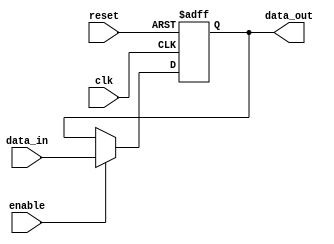
module enable_latch(
    input clk,        // Clock signal
    input reset,      // Reset signal
    input enable,     // Enable signal
    input data_in,    // Input data signal
    output reg data_out // Output data signal
);

reg latch; // Internal latch signal to store data

always @(posedge clk or posedge reset) begin
    if (reset) begin
        latch <= 1'b0;
    end else begin
        if (enable) begin
            latch <= data_in;
        end
    end
end

assign data_out = latch;

endmodule